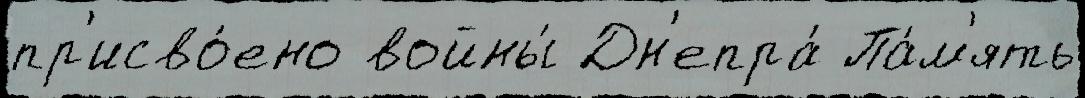
пр'исво́ено войны́ Дн'епра́ Па́м'ять